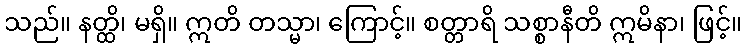
သည်။ နတ္ထိ၊ မရှိ။ ဣတိ တသ္မာ၊ ကြောင့်။ စတ္တာရိ သစ္စာနီတိ ဣမိနာ၊ ဖြင့်။